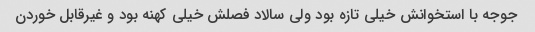
جوجه با استخوانش خیلی تازه بود ولی سالاد فصلش خیلی کهنه بود و غیرقابل خوردن